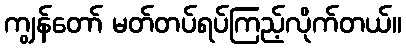
ကျွန်တော် မတ်တပ်ရပ်ကြည့်လိုက်တယ်။